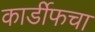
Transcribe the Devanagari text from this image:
कार्डीफचा